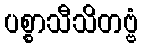
ပစ္စာသီသိတဗ္ဗံ